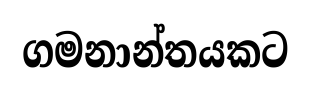
ගමනාන්තයකට